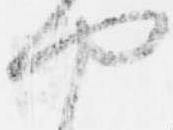
や